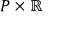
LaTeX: P \times \mathbb { R }